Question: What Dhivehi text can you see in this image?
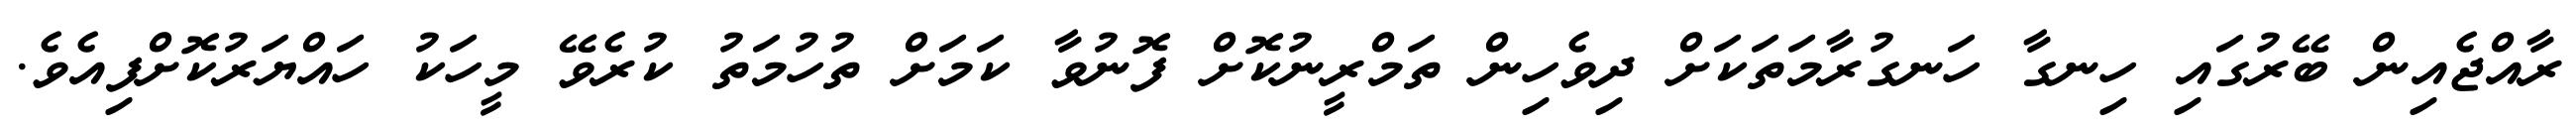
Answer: ރާއްޖެއިން ބޭރުގައި ހިނގާ ހަނގުރާމަތަކަށް ދިވެހިން ތަމްރީނުކޮށް ފޮނުވާ ކަމަށް ތުހުމަތު ކުރެވޭ މީހަކު ހައްޔަރުކޮށްފިއެވެ.